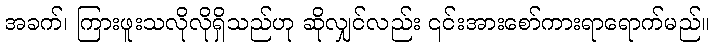
အခက်၊ ကြားဖူးသလိုလိုရှိသည်ဟု ဆိုလျှင်လည်း ၎င်းအားစော်ကားရာရောက်မည်။